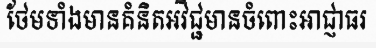
ថែមទាំងមានគំនិតអវិជ្ជមានចំពោះអាជ្ញាធរ